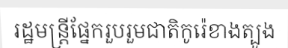
រដ្ឋមន្ត្រីផ្នែករួបរួមជាតិកូរ៉េខាងត្បូង